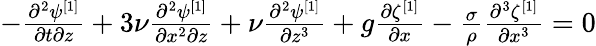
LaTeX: \begin{array}{r}{-\frac{\partial^{2}\psi^{[1]}}{\partial t\partial z}+3\nu\frac{\partial^{2}\psi^{[1]}}{\partial x^{2}\partial z}+\nu\frac{\partial^{2}\psi^{[1]}}{\partial z^{3}}+g\frac{\partial\zeta^{[1]}}{\partial x}-\frac{\sigma}{\rho}\frac{\partial^{3}\zeta^{[1]}}{\partial x^{3}}=0}\end{array}